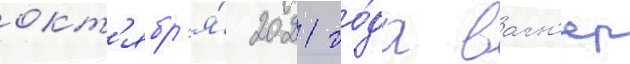
окт'ябр'я́ 2021 го́да вагн'ер